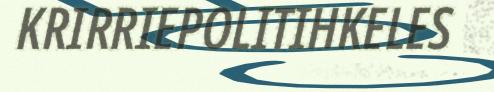
KRIRRIEPOLITIHKELES